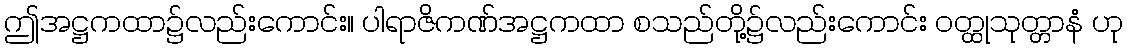
ဤအဋ္ဌကထာ၌လည်းကောင်း။ ပါရာဇိကဏ်အဋ္ဌကထာ စသည်တို့၌လည်းကောင်း ဝတ္ထုသုတ္တာနံ ဟု